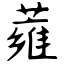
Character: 蕹